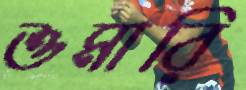
শুমারি